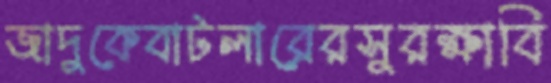
জাদুকেবাটলারেরসুরক্ষাবি